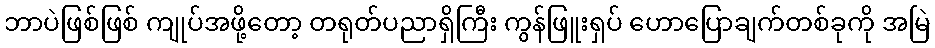
ဘာပဲဖြစ်ဖြစ် ကျုပ်အဖို့တော့ တရုတ်ပညာရှိကြီး ကွန်ဖြူးရှပ် ဟောပြောချက်တစ်ခုကို အမြဲ